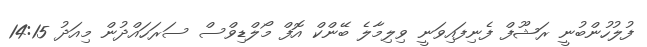
ފުލުހުންބުނީ ރަޝޫފް ފެނިފައިވަނީ ވިލިމާލެ ބޭންކް އޮފް މޯލްޑިވްސް ސަރަހައްދުން މިއަދު 14:15